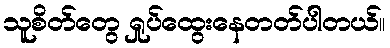
သူစိတ်တွေ ရှုပ်ထွေးနေတတ်ပါတယ်။